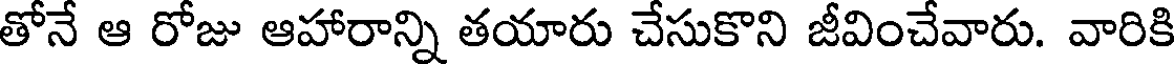
తోనే ఆ రోజు ఆహారాన్ని తయారు చేసుకొని జీవించేవారు. వారికి